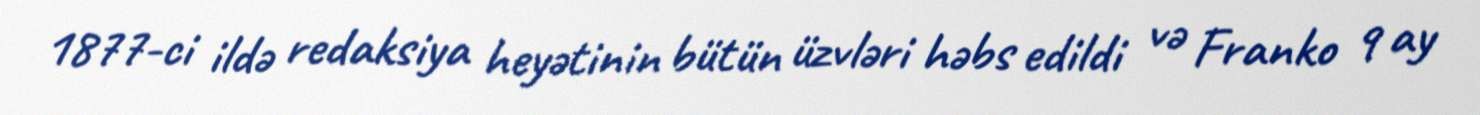
1877-ci ildə redaksiya heyətinin bütün üzvləri həbs edildi və Franko 9 ay